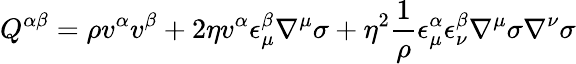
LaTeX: Q^{\alpha\beta}=\rho v^{\alpha}v^{\beta}+2\eta v^{\alpha}\epsilon_{\mu}^{\beta}\nabla^{\mu}\sigma+\eta^{2}\frac{1}{\rho}\epsilon_{\mu}^{\alpha}\epsilon_{\nu}^{\beta}\nabla^{\mu}\sigma\nabla^{\nu}\sigma